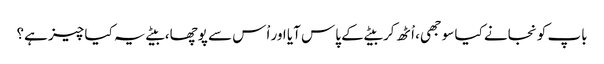
باپ کو نجانے کیا سوجھی، اْٹھ کر بیٹے کے پاس آیا اور اْس سے پوچھا، بیٹے یہ کیا چیز ہے؟